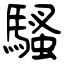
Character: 騷